system: You are a helpful assistant.
user:
Analyze the provided spectrum to determine if it is a **Carbon Star (C-type)**.

- **Key Visual Indicators of Carbon Star:**
    - **(Primary):** Strong molecular absorption from **C₂ (diatomic carbon) "Swan Bands."** This is the **defining feature** of a carbon star.
        - **(Key Bandheads):** Sharp absorption edges are visible at approximately $5635$ Å, $5165$ Å (the strongest band), and $4737$ Å.
        - **(Line Profile):** Creates a distinct **"saw-tooth"** pattern. The key morphology is a sharp, steep bandhead on the **red (long-wavelength) side**, which then gradually tapers off (i.e., flux recovers) towards the **blue (short-wavelength) side**. *(This is the direct opposite of the TiO bands seen in M-type stars)*.

    - **(Secondary):** Intense **CN (cyanogen)** molecular absorption bands.
        - **(Key Bandheads):** Located in the blue and violet regions of the spectrum (e.g., near $4215$ Å and $3883$ Å).
        - **(Morphology):** These bands are extremely broad and act as a "blanket," absorbing the vast majority of blue and violet light. This creates a characteristic **"cliff"** or **"steep drop-off"** in the spectrum's flux at short wavelengths.

    - **(Key Confirmation):** Strong **CH absorption band (G-band)**.
        - **(Key Bandhead):** Located around $4300$ Å. The contribution from CH molecules to this band is exceptionally strong.

    - **(Overall Spectrum):**
        - The continuum is severely "chopped up" by these deep molecular bands, especially C₂, rather than appearing as a smooth curve.
        - Due to the heavy CN and C₂ absorption in the blue-green, the vast majority of the star's flux is concentrated in the red part of the spectrum, giving the star its characteristic deep red color.

Think first, call **spectral_visualization_tool** if needed to examine features in detail, then provide your final answer. Your response must adhere to the following strict rules:
1.  **Overall Structure:** Your response must follow the format `<think>...</think> <tool_call>...</tool_call> (if a tool is used) <answer>...</answer>`.
2.  **Tool Usage Constraint:** You may only make **one** tool call per turn.
3.  **Final Answer Format:** In the `<answer>` tag, your conclusion must be inside a `\boxed{}` command (e.g., `\boxed{YES}`), followed by your justification.

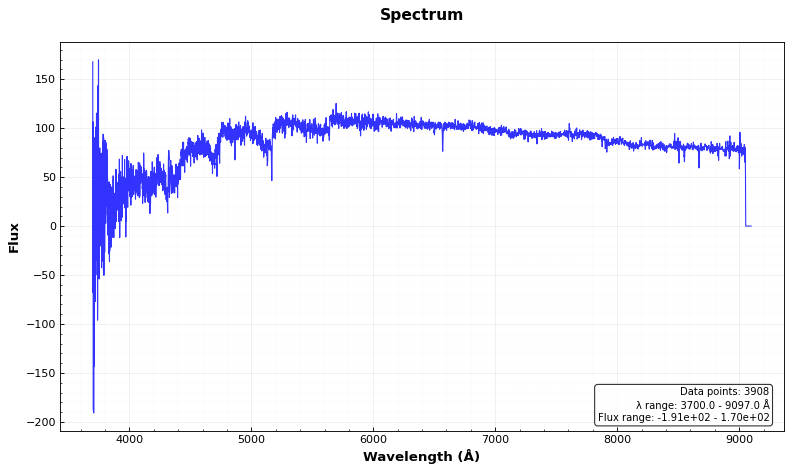
Answer: YES